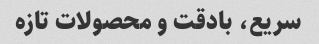
سریع، بادقت و محصولات تازه